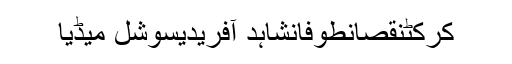
کرکٹنقصانطوفانشاہد آفریدیسوشل میڈیا